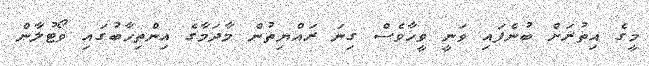
މީގެ އިތުރަށް ބުނެފައި ވަނީ ވީހާވެސް ގިނަ ރައްޔިތުން މާދަމާގެ އިންތިހާބުގައި ވޯޓުލާން